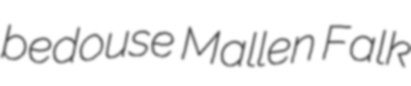
bedouse Mallen Falk